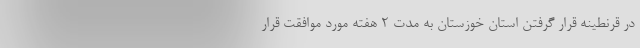
در قرنطینه قرار گرفتن استان خوزستان به مدت ۲ هفته مورد موافقت قرار